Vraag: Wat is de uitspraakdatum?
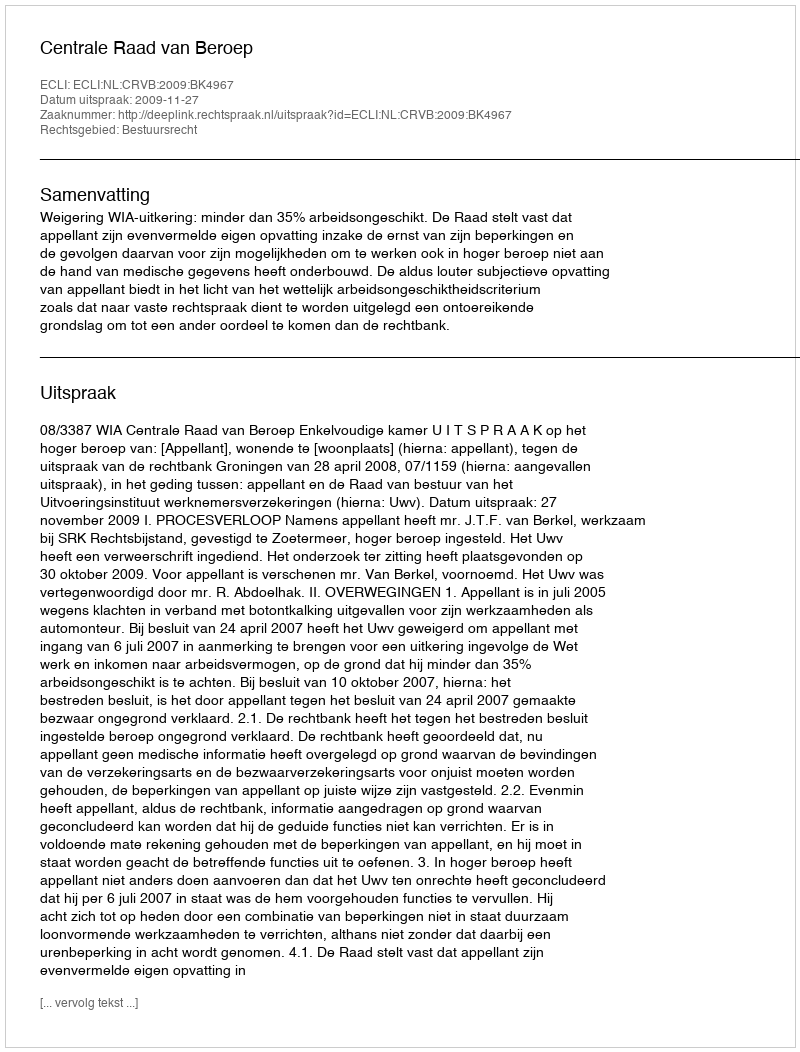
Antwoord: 2009-11-27